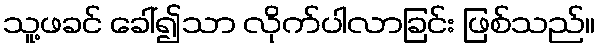
သူ့ဖခင် ခေါ်၍သာ လိုက်ပါလာခြင်း ဖြစ်သည်။